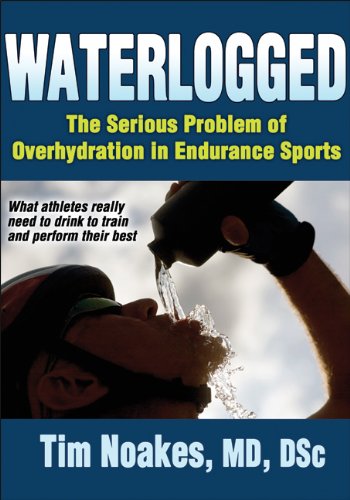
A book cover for Waterlogged: The Serious Problem of Overhydration in Endurance Sports; Timothy Noakes; Sports & Outdoors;